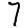
Digit: 7